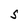
Character: S